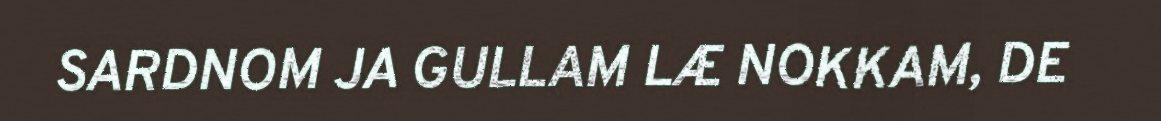
SARDNOM JA GULLAM LÆ NOKKAM, DE